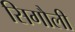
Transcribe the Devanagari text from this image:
सिगौली